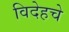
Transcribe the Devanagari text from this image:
विदेहचे